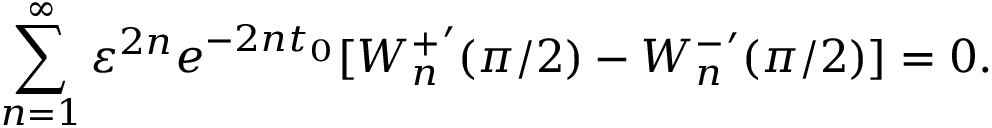
\sum _ { n = 1 } ^ { \infty } \varepsilon ^ { 2 n } e ^ { - 2 n t _ { 0 } } [ { W _ { n } ^ { + } } ^ { \prime } ( \pi / 2 ) - { W _ { n } ^ { - } } ^ { \prime } ( \pi / 2 ) ] = 0 .